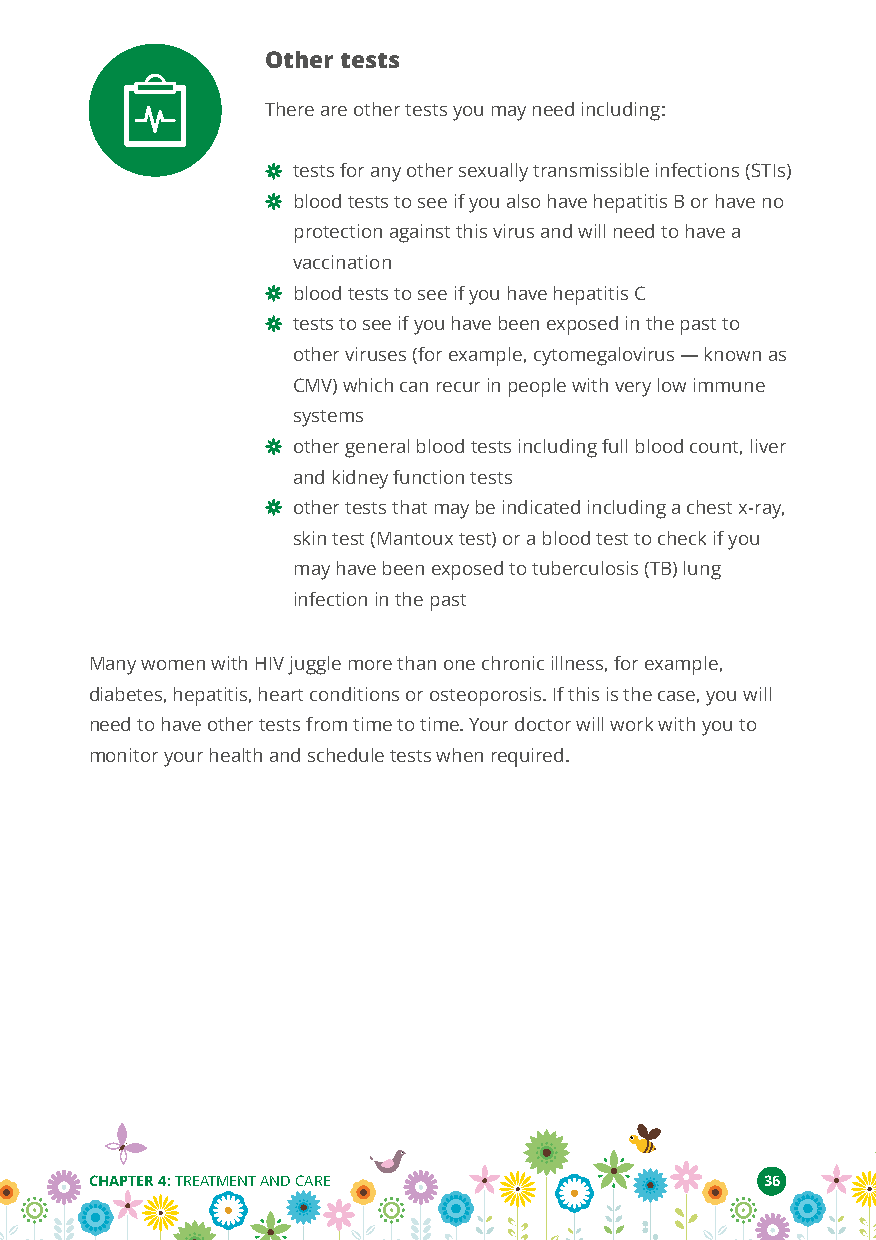
Other tests
 There are other tests you may need including:
 tests for any other sexually transmissible infections (STIs)
 blood tests to see if you also have hepatitis B or have no
 protection against this virus and will need to have a
 vaccination
 blood tests to see if you have hepatitis C
 tests to see if you have been exposed in the past to
 other viruses (for example, cytomegalovirus—known as
 CMV) which can recur in people with very low immune
 systems
 other general blood tests including full blood count, liver
 and kidney function tests
 other tests that may be indicated including a chest x-ray,
 skin test (Mantoux test) or a blood test to check if you
 may have been exposed to tuberculosis (TB) lung
 infection in the past
 Many women with HIV juggle more than one chronic illness, for example,
 diabetes, hepatitis, heart conditions or osteoporosis. If this is the case, you will
 need to have other tests from time to time. Your doctor will work with you to
 monitor your health and schedule tests when required.
 CHAPTER 4:TREATMENT AND CARE                36